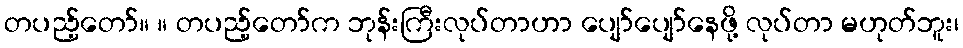
တပည့်တော်။ ။ တပည့်တော်က ဘုန်းကြီးလုပ်တာဟာ ပျော်ပျော်နေဖို့ လုပ်တာ မဟုတ်ဘူး၊